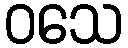
ဝသေ